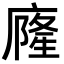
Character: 𭙹